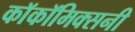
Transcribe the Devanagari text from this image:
काॅकॉमिक्सनी